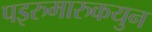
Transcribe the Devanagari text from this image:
पइरुमारुकयुन